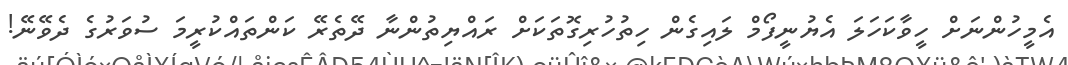
އެމީހުންނަށް ހީވާކަހަލަ އެޔުނީފޯމް ލައިގެން ހިތުހުރިގޮތަކަށް ރައްޔިތުންނާ ދޭތެރޭ ކަންތައްކުރީމަ ސުވަރުގެ ދެވޭނޭ!